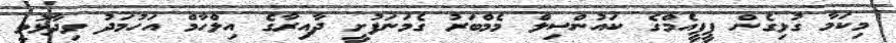
މިކަމާ ގުޅިގެން ޕީޕީއެމްގެ ކައުންސިލް މެމްބަރު ގެމަނަފުށީ ދާއިރާގެ އިލްހާމް އަހުމަދު ވިދާޅުވީ